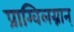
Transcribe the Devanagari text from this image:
प्राग्विलग्नान्